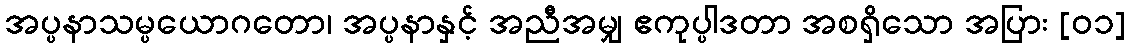
အပ္ပနာသမ္ပယောဂတော၊ အပ္ပနာနှင့် အညီအမျှ ဧကုပ္ပါဒတာ အစရှိသော အပြား [၀၁]